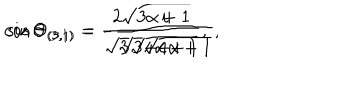
LaTeX: \cos \Theta _ { ( 3 , 1 ) } = - \frac { i } { \sqrt { 3 } \sqrt { 4 \alpha + 1 } } , \hspace { 1 c m } \sin \Theta _ { ( 3 , 1 ) } = \frac { 2 \sqrt { 3 \alpha + 1 } } { \sqrt { 3 } \sqrt { 4 \alpha + 1 } } ,